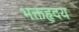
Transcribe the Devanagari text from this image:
भक्तहृदय